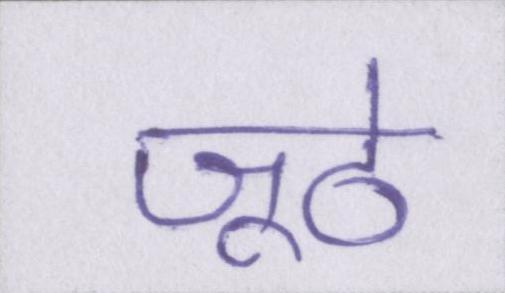
जूठे